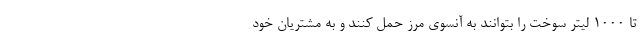
تا ۱۰۰۰ لیتر سوخت را بتوانند به آنسوی مرز حمل کنند و به مشتریان خود